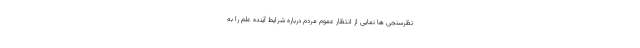
نظرسنجی ها نمایی از انتظار عموم مردم درباره شرایط آینده علم را به